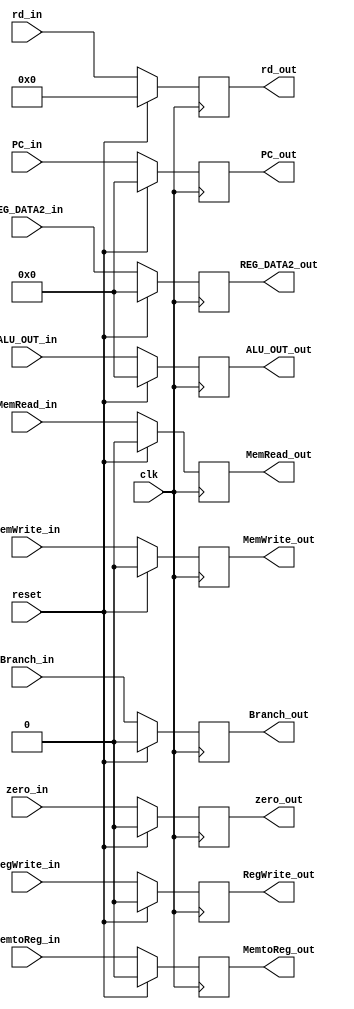
`timescale 1ns / 1ps
//////////////////////////////////////////////////////////////////////////////////
// Company: 
// Engineer: 
// 
// Design Name: 
// Module Name: EX_MEM
// Project Name: 
// Target Devices: 
// Tool Versions: 
// Description: 
// 
// Dependencies: 
// 
// Revision:
// Revision 0.01 - File Created
// Additional Comments:
// 
//////////////////////////////////////////////////////////////////////////////////


module EX_MEM(
    //global control
    input clk, reset,
    
    //control path
    input RegWrite_in, MemtoReg_in, MemRead_in, MemWrite_in, Branch_in,
    
    //alu
    input zero_in,
    input [31:0] ALU_OUT_in, PC_in, REG_DATA2_in,
    
    //id
    input [4:0] rd_in,
    
    //output 
    
    //control path
    output reg RegWrite_out, MemtoReg_out, MemRead_out, MemWrite_out, Branch_out,
    
    //alu
    output reg zero_out,
    output reg [31:0] ALU_OUT_out, PC_out, REG_DATA2_out,
    
    //id
    output reg [4:0] rd_out
    
    );
    
    always @(posedge clk)
    begin
        if(reset)
        begin
            RegWrite_out = 1'b0;
            MemtoReg_out = 1'b0;
            MemRead_out = 1'b0;
            MemWrite_out = 1'b0;
            Branch_out = 1'b0;
            zero_out = 1'b0;
            ALU_OUT_out = 32'b0;
            PC_out = 32'b0;
            REG_DATA2_out = 32'b0;
            rd_out = 4'b0;
        end
        else
        begin
            RegWrite_out = RegWrite_in;
            MemtoReg_out = MemtoReg_in;
            MemRead_out = MemRead_in;
            MemWrite_out = MemWrite_in;
            Branch_out = Branch_in;
            zero_out = zero_in;
            ALU_OUT_out = ALU_OUT_in;
            PC_out = PC_in;
            REG_DATA2_out = REG_DATA2_in;
            rd_out = rd_in;
        end
    end
endmodule